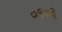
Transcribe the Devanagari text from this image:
०१०३